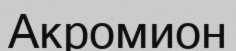
Акромион